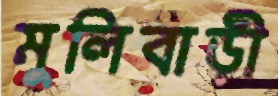
মুলিবাড়ী